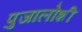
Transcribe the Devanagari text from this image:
पुजालोशी